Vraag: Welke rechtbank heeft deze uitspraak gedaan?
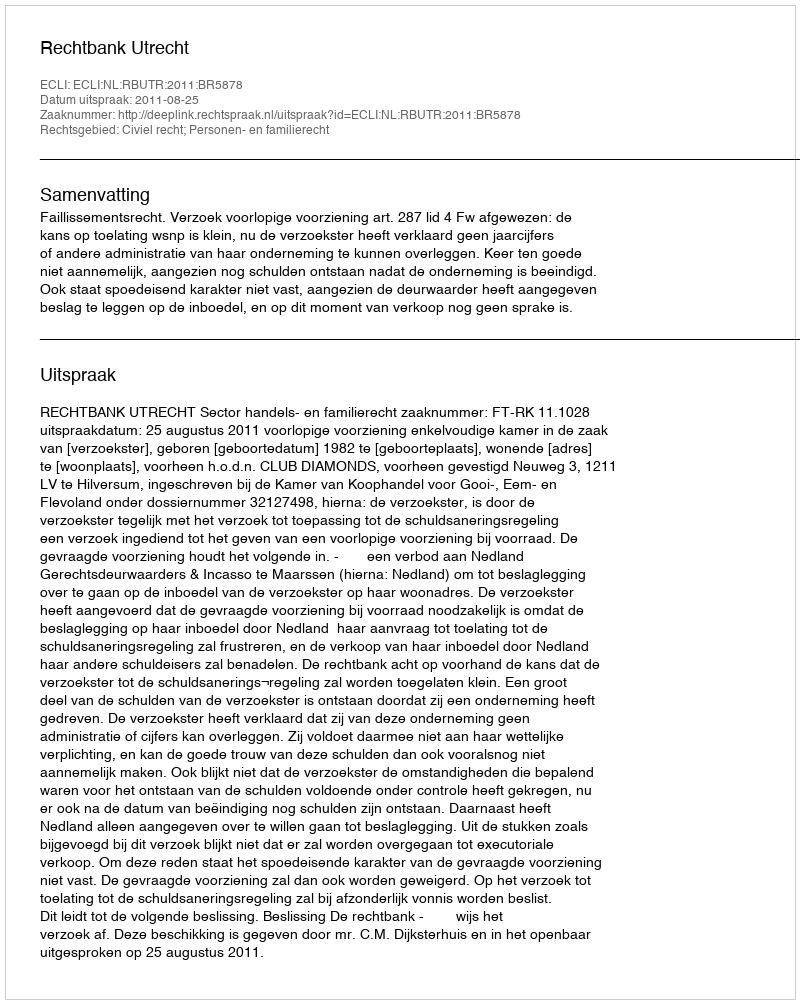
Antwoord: Rechtbank Utrecht